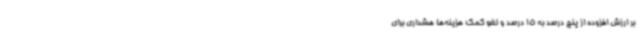
بر ارزش افزوده از پنج درصد به 15 درصد و لغو کمک هزینه‌ها هشداری برای